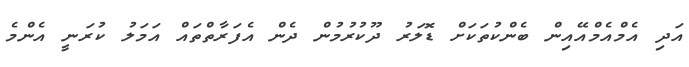
އަދި އެމްއެމްއޭއިން ބެންކުތަކަށް ޑޮލަރު ދޫކުރުމުން ދެން އެފަރާތްތައް އަމަލު ކުރަނީ އެންމެ